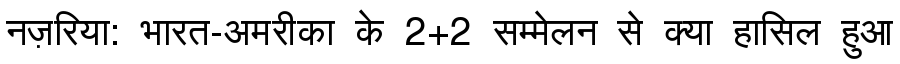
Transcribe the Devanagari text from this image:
नज़रिया: भारत-अमरीका के 2+2 सम्मेलन से क्या हासिल हुआ